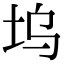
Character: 坞